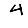
Digit: 4